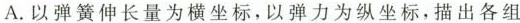
A.以弹簧伸长量为横坐标，以弹力为纵坐标，描出各组